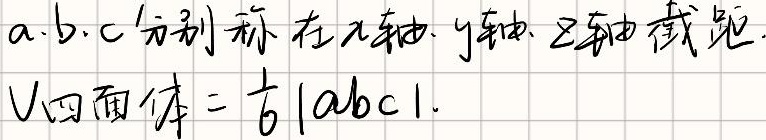
设\(a,b,c\)分别为在\(x\)轴、\(y\)轴、\(z\)轴上的截距，则\(V_{四面体}=\frac{1}{6}|abc|\)。